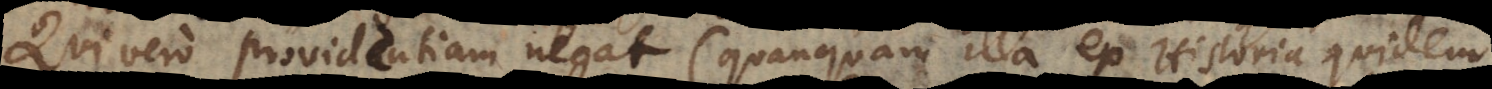
Qui vero providentiam negat (quanquam illa ex Historia quidem